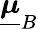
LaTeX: \underline{{\boldsymbol{\mu}}}_{B}